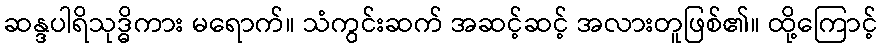
ဆန္ဒပါရိသုဒ္ဓိကား မရောက်။ သံကွင်းဆက် အဆင့်ဆင့် အလားတူဖြစ်၏။ ထို့ကြောင့်